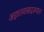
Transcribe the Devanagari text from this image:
अज्ञातवासादरम्यान